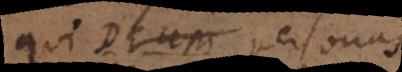
qui Deum personas